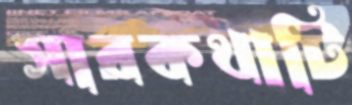
সারকথাটি